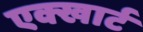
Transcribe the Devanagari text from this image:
एक्खार्ट